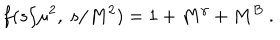
f ( s / \mu ^ { 2 } , ~ s / M ^ { 2 } ) = 1 + M ^ { \gamma } + M ^ { B } ~ .